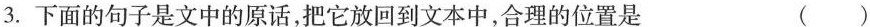
3.下面的句子是文中的原话，把它放回到文本中，合理的位置是 ( )